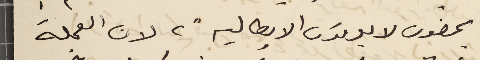
يمضون لا يعرفون الايطالية"، لان العجلة